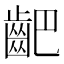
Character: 䶕